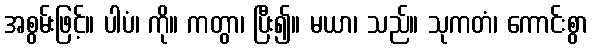
အစွမ်းဖြင့်။ ပါပံ၊ ကို။ ကတွာ၊ ပြီး၍။ မယာ၊ သည်။ သုကတံ၊ ကောင်းစွာ